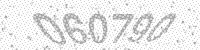
Solution: 060790